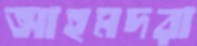
আহমদরা